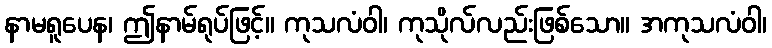
နာမရူပေန၊ ဤနာမ်ရုပ်ဖြင့်။ ကုသလံဝါ၊ ကုသိုလ်လည်းဖြစ်သော။ အကုသလံဝါ၊